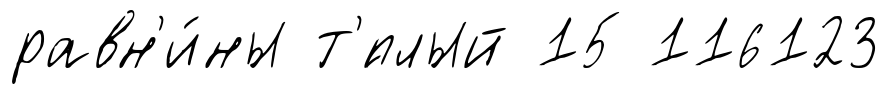
равн'и́ны т'́плый 15 116123